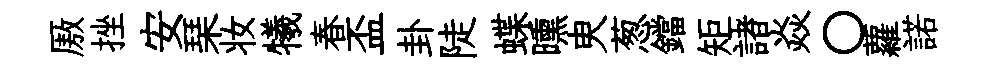
厫挫安琹妆犧春盃卦陡蝶曛㬰葱鐺矩諸焱〇蘿諾